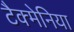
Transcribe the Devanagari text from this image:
टैक्मेनिया